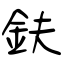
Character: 鈇